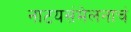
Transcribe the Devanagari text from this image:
नाटयसंमेलनाचं